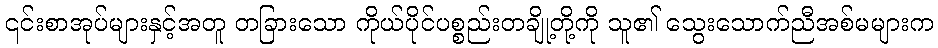
၎င်းစာအုပ်များနှင့်အတူ တခြားသော ကိုယ်ပိုင်ပစ္စည်းတချို့တို့ကို သူ၏ သွေးသောက်ညီအစ်မများက